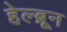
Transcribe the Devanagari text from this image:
हेल्ब्रून